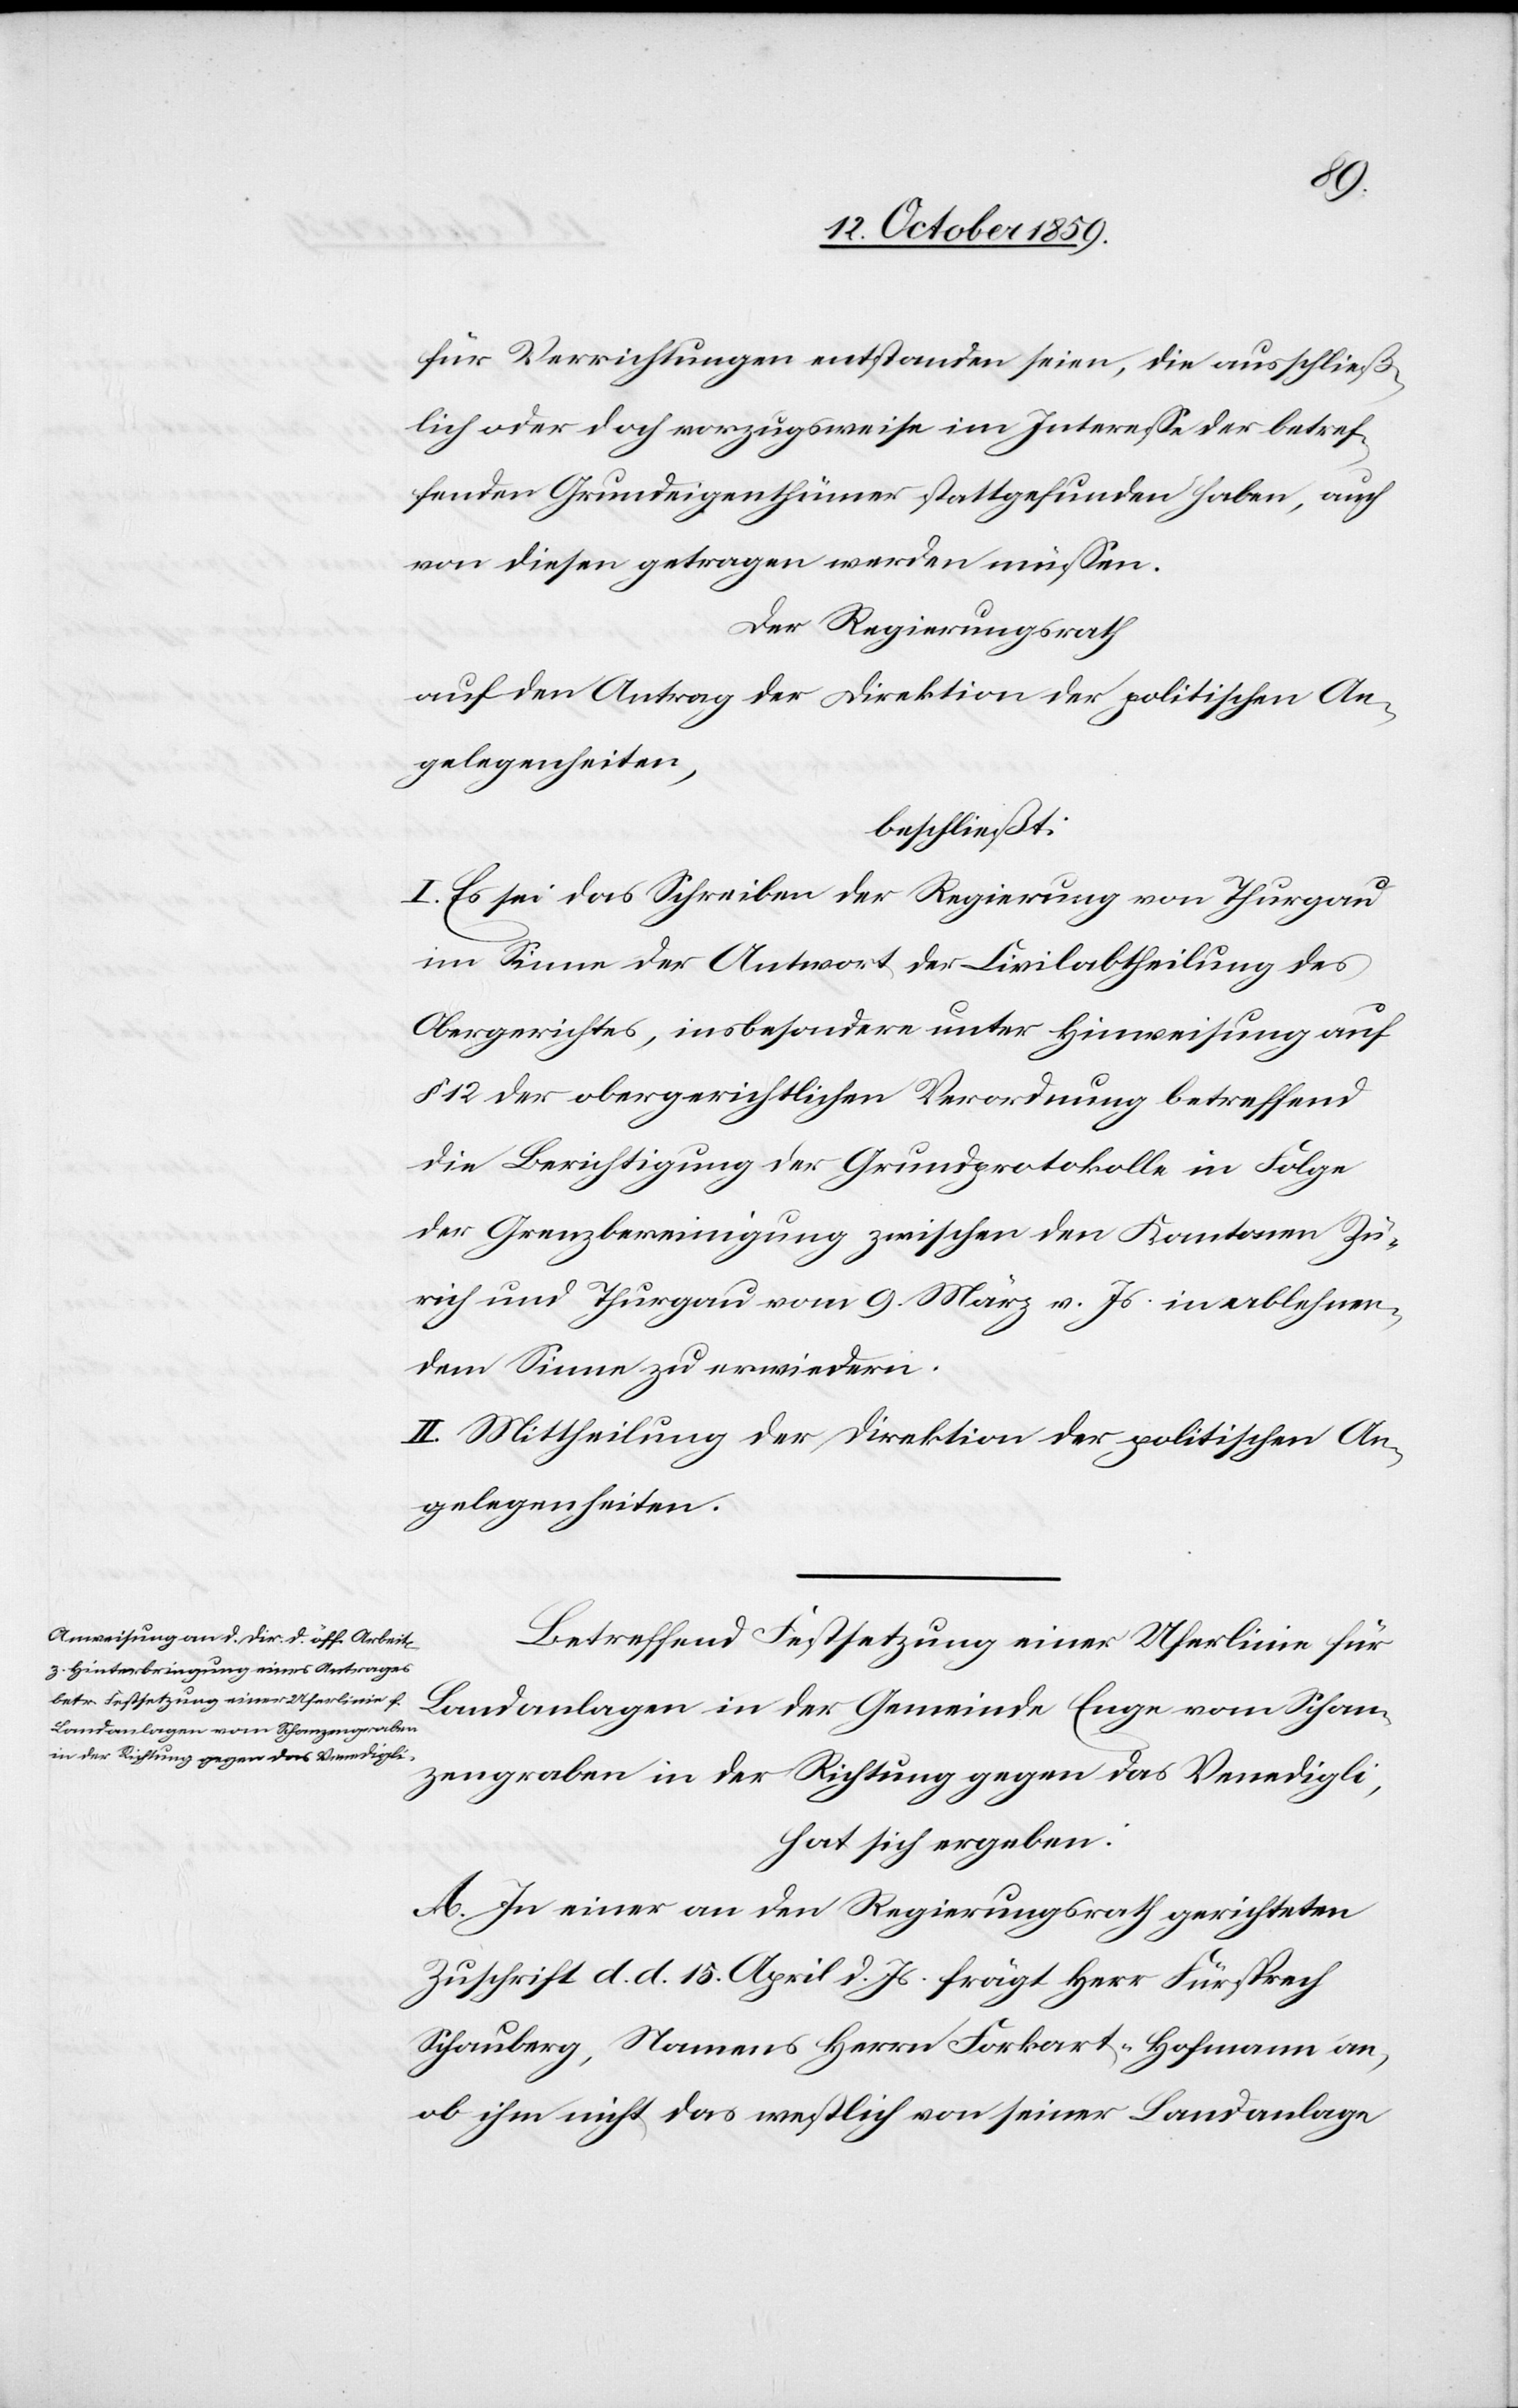
für Verrichtungen entstanden seien, die ausschließ¬
lich oder doch vorzugsweise im Interesse der betref¬
fenden Grundeigenthümer stattgefunden haben, auch
von diesen getragen werden müssen.
Der Regierungsrath
auf den Antrag der Direktion der politischen An¬
gelegenheiten,
beschließt:
I. Es sei das Schreiben der Regierung von Thurgau
im Sinne der Antwort der Civilabtheilung des
Obergerichtes, insbesondere unter Hinweisung auf
§ 12 der obergerichtlichen Verordnung betreffend
die Berichtigung der Grundprotokolle in Folge
der Grenzbereinigung zwischen den Kantonen Zü¬
rich und Thurgau vom 9. März v. Js. in ablehnen¬
dem Sinne zu erwiedern.
II. Mittheilung der Direktion der politischen An¬
gelegenheiten.
Betreffend Festsetzung einer Uferlinie für
Landanlagen in der Gemeinde Enge vom Schan¬
zengraben in der Richtung gegen das Venedigli,
hat sich ergeben:
A. In einer an den Regierungsrath gerichteten
Zuschrift d. d. 15. April d. Js. frägt Herr Fürsprech
Schauberg, Namens Herrn Forkart-Hofmann an,
ob ihm nicht das westlich von seiner Landanlage